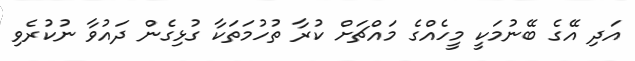
އަދި އޭގެ ބޭނުމަކީ މީހެއްގެ މައްޗަށް ކުރާ ތުހުމަތަކާ ގުޅިގެން ދައުވާ ނުކުރެވި